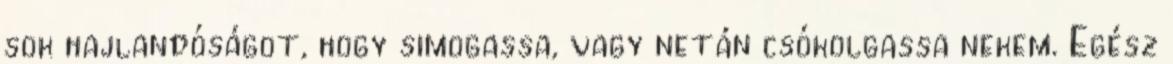
sok hajlandóságot, hogy simogassa, vagy netán csókolgassa nekem. Egész